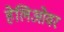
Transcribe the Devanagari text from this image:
हेलिओवर